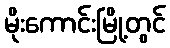
မိုးကောင်းမြို့တွင်